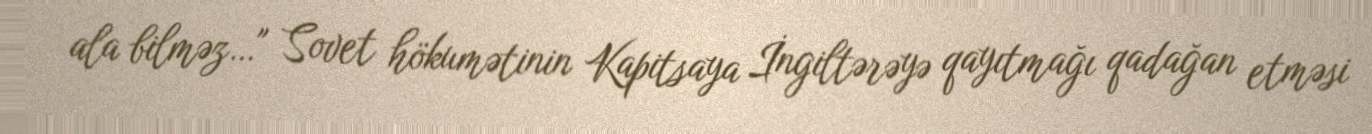
ala bilməz…" Sovet hökumətinin Kapitsaya İngiltərəyə qayıtmağı qadağan etməsi